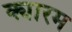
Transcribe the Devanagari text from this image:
क्यारम